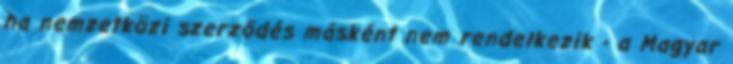
ha nemzetközi szerződés másként nem rendelkezik - a Magyar